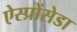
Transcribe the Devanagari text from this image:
ऐस्प्रोंसेडा